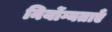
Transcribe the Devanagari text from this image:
निर्योग्यताएँ